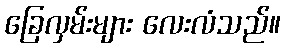
ခြေလှမ်းများ လေးလံသည်။